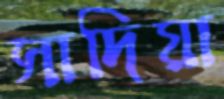
সাদিয়া